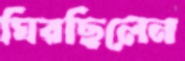
ঘিরছিলেন